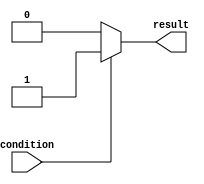
module if_else_statement (
    input wire condition,
    output reg result
);

always @* begin
    if (condition) begin
        result = 1;
    end else begin
        result = 0;
    end
end

endmodule